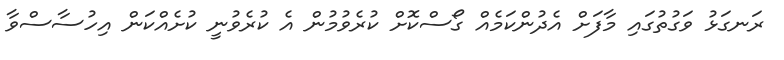
ރަނގަޅު ވަގުތުގައި މާފަށް އެދުންކަމެއް ގޯސްކޮށް ކުރެވުމުން އެ ކުރެވުނީ ކުށެއްކަން އިހުސާސްވާ